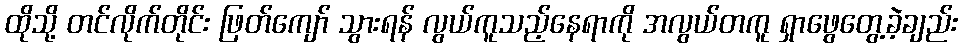
ထိုသို့ တင်လိုက်တိုင်း ဖြတ်ကျော် သွားရန် လွယ်ကူသည့်နေရာကို အလွယ်တကူ ရှာဖွေတွေ့ခဲ့ချည်း